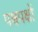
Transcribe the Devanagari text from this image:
पश्चपक्षों